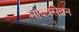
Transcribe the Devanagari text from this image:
मादक्सेवन